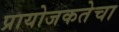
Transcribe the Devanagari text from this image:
प्रायोजकतेचा